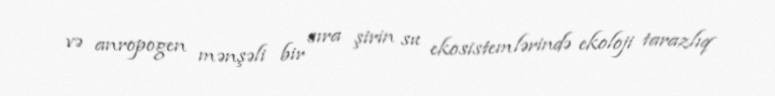
və anropogen mənşəli bir sıra şirin su ekosistemlərində ekoloji tarazlıq